Jaan_Tonisson_(Lasteleht), lk 163
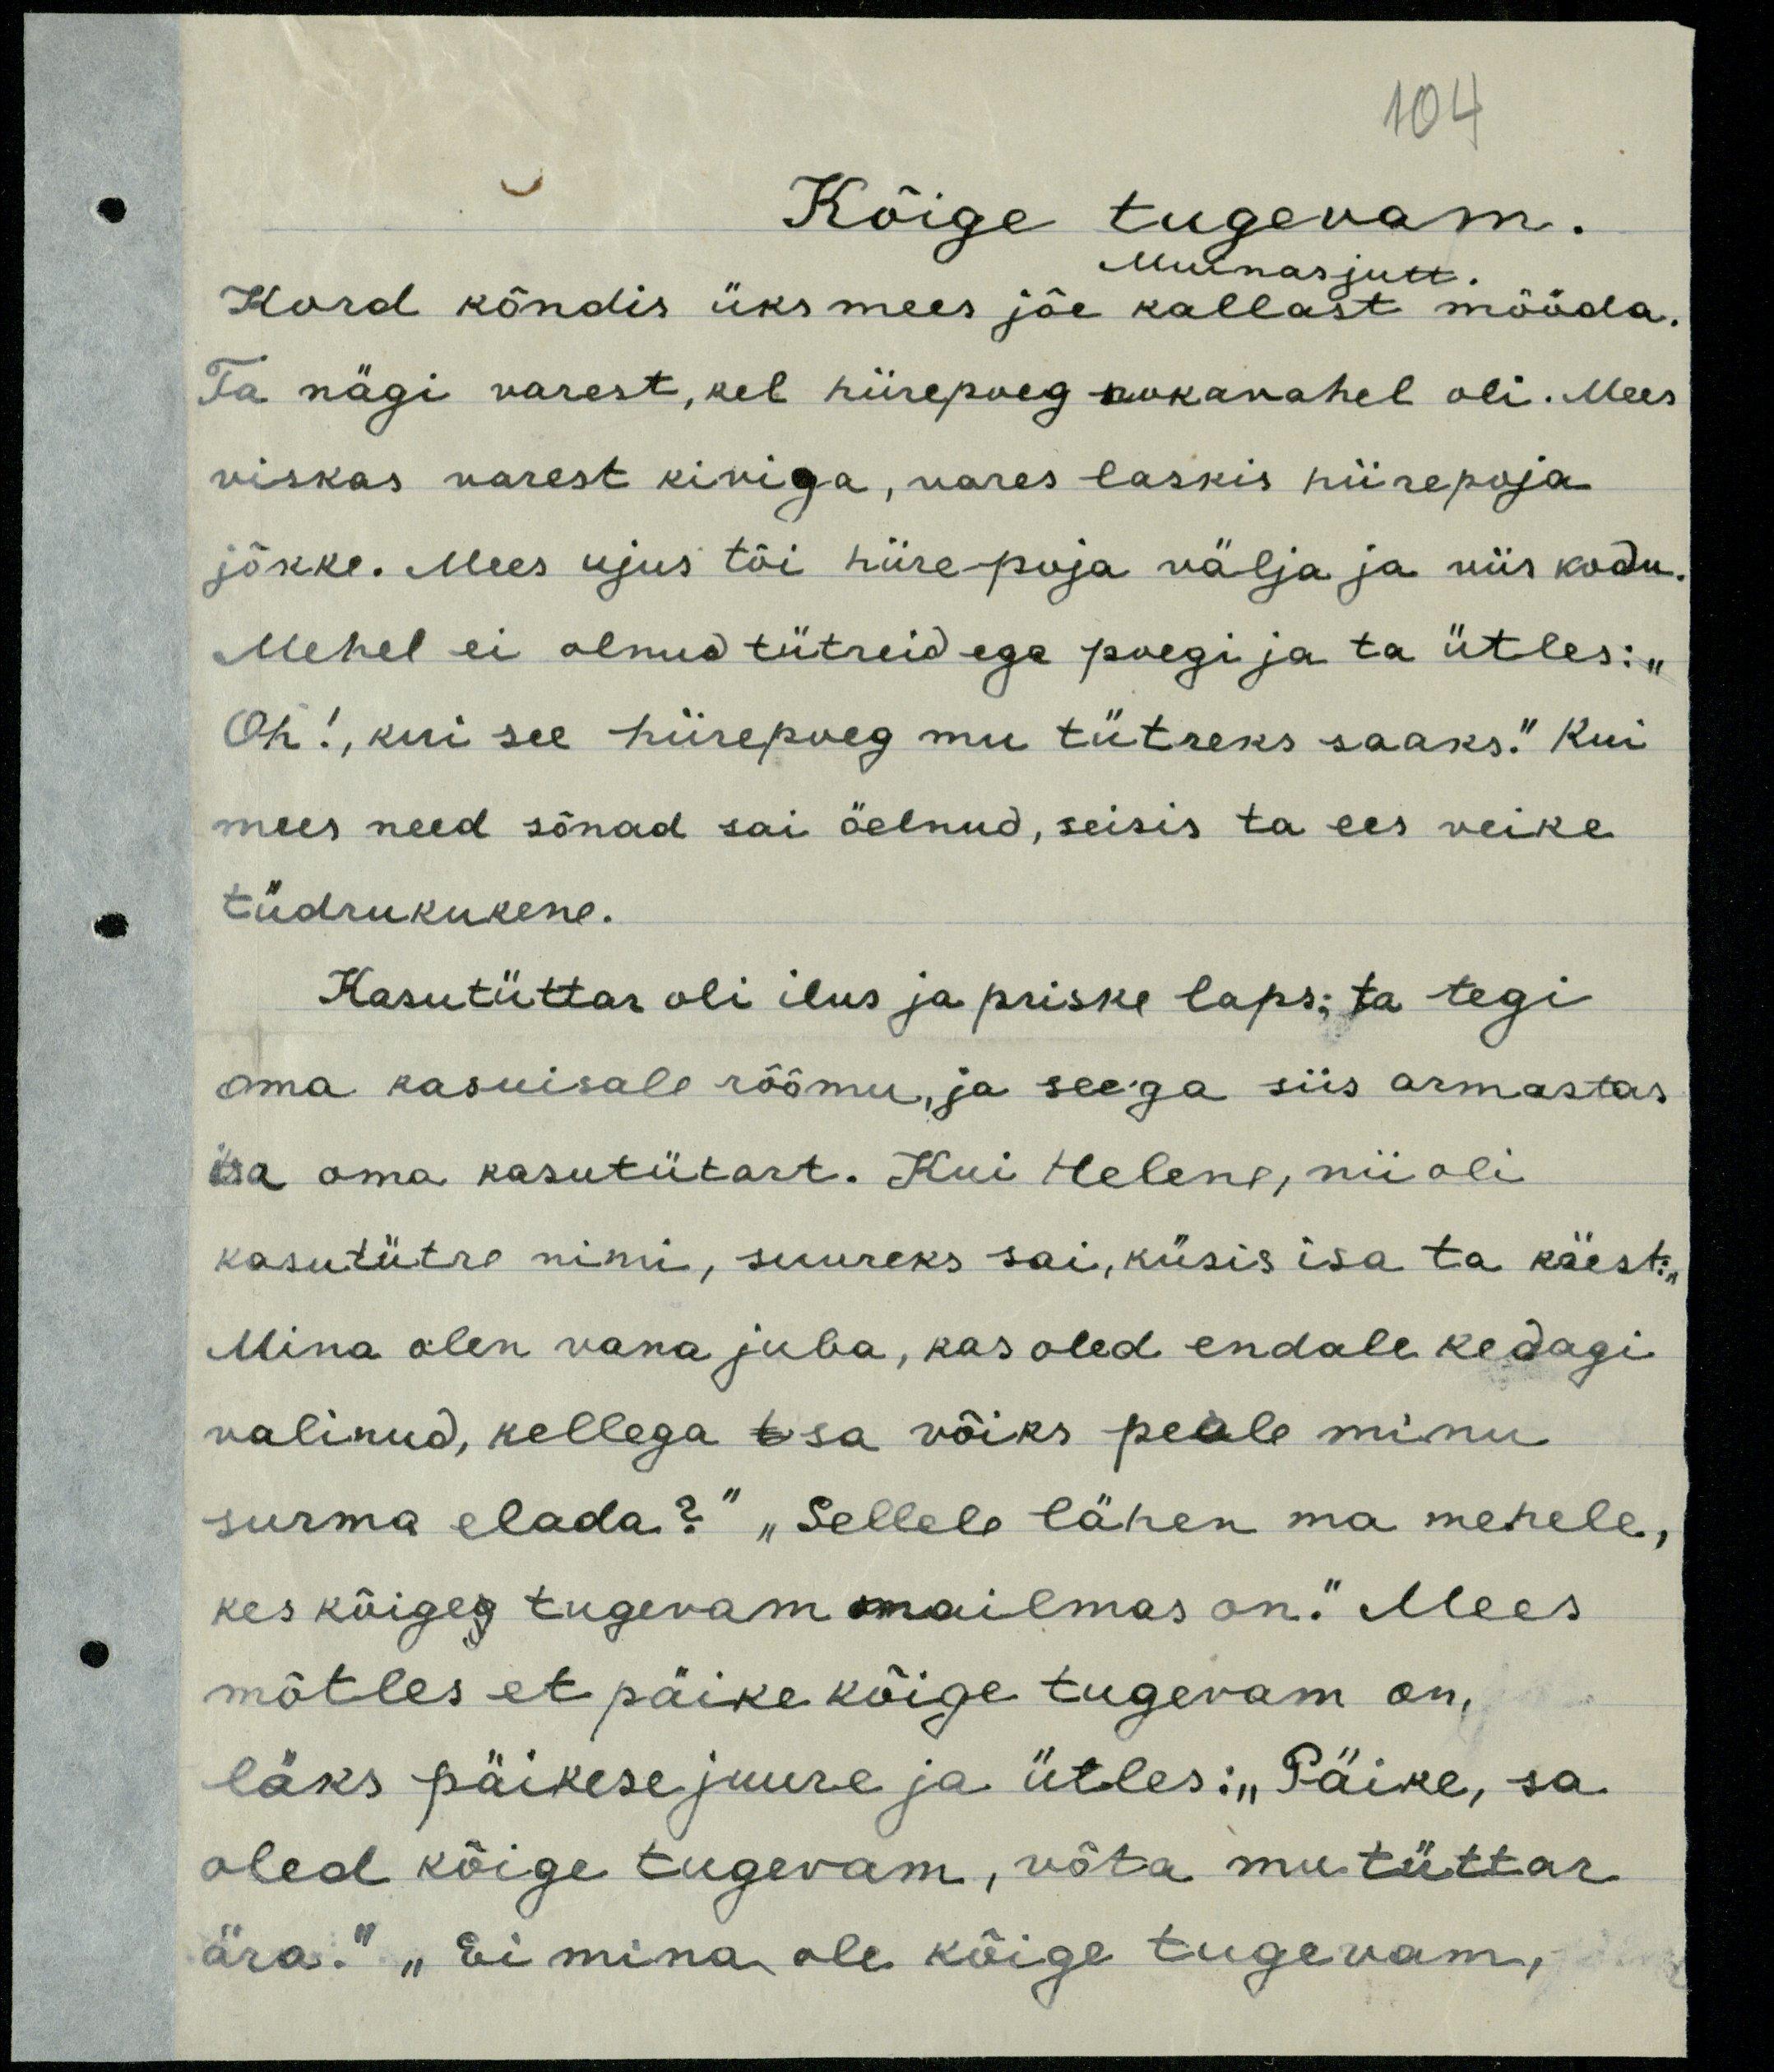
104

Kõige tugevam.
Muinasjutt.
Kord kõndis üks mees jõe kallast mööda.
Ta nägi varest, kel hiirepoeg nokavahel oli. Mees
viskas varest kiviga, vares laskis hiirepoja
jõkke. Mees ujus tõi hiire-poja välja ja viis kodu.
Mehel ei olnud tütreid ega poegi ja ta ütles: "
Oh! kui see hiirepoeg mu tütreks saaks." Kui
mees need sõnad sai öelnud, seisis ta ees veike
tüdrukukene.
Kasutüttar oli ilus ja priske laps; ta tegi
oma kasuisale rõõmu, ja seega siis armastas
isa oma kasutütart. Kui Helene, nii oli
kasutütre nimi, suureks sai, küsis isa ta käest: "
Mina olen vana juba, kas oled endale kedagi
valinud, kellega t sa võiks peale minu
surma elada?" "Sellele lähen ma mehele,
kes kõigeg tugevam mailmas on." Mees
mõtles et päike kõige tugevam on,
läks päikese juure ja ütles: "Päike, sa
oled kõige tugevam, võta mu tüttar
ära." "Ei mina ole kõige tugevam,